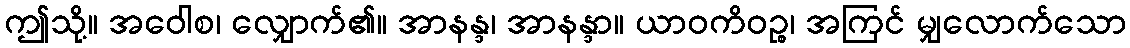
ဤသို့။ အဝေါစ၊ လျှောက်၏။ အာနန္ဒ၊ အာနန္ဒာ။ ယာဝကိဝဉ္စ၊ အကြင် မျှလောက်သော